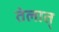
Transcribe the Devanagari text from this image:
तेलात्